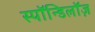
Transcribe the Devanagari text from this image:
स्पॉन्डिलॉज़